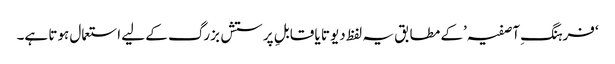
‘فرہنگِ آصفیہ’کے مطابق یہ لفظ دیوتا یا قابلِ پرستش بزرگ کے لیے استعمال ہوتا ہے۔